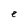
Character: e